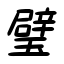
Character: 璧